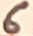
Text: 6